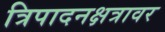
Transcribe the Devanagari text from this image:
त्रिपादनक्षत्रावर